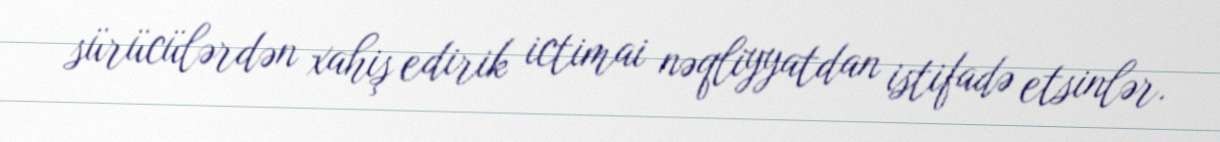
sürücülərdən xahiş edirik ictimai nəqliyyatdan istifadə etsinlər.